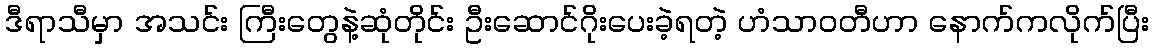
ဒီရာသီမှာ အသင်း ကြီးတွေနဲ့ဆုံတိုင်း ဦးဆောင်ဂိုးပေးခဲ့ရတဲ့ ဟံသာဝတီဟာ နောက်ကလိုက်ပြီး